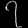
Digit: ၇